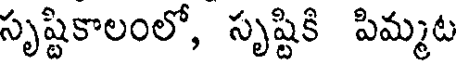
సృష్టికాలంలో, సృష్టికి పిమ్మట